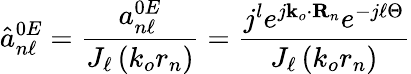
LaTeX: \hat{a}_{n\ell}^{0E}=\frac{a_{n\ell}^{0E}}{J_{\ell}\left(k_{o}r_{n}\right)}=\frac{j^{l}e^{j\mathbf{k}_{o}\cdot\mathbf{R}_{n}}e^{-j\ell\Theta}}{J_{\ell}\left(k_{o}r_{n}\right)}